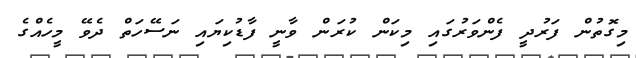
މިގޮތުން ފަރުދީ ފެންވަރުގައި މިކަން ކުރަން ވާނީ ފާޑުކިޔައި ނަސޭހަތް ދެވޭ މީހެއްގެ